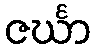
ဇင်္ဃာ